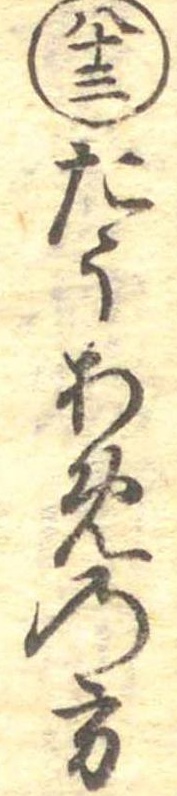
八十三たうあめの方